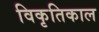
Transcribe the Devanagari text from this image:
विकृतिकाल